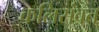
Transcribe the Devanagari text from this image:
कलिसंवत